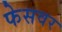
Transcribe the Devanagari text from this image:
फेसवर